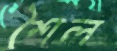
শৈল